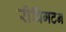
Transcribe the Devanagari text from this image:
रीविंगटन